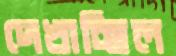
দেখাচ্ছিল